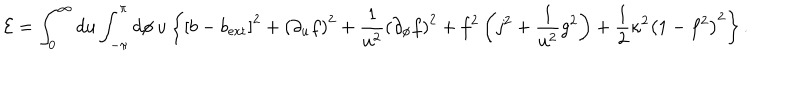
{ \cal E } = \int _ { 0 } ^ { \infty } d u \int _ { - \pi } ^ { \pi } d \phi \, u \left\{ \left[ b - b _ { \mathrm { e x t } } \right] ^ { 2 } + \left( \partial _ { u } f \right) ^ { 2 } + \frac { 1 } { u ^ { 2 } } \left( \partial _ { \phi } f \right) ^ { 2 } + f ^ { 2 } \left( j ^ { 2 } + \frac { 1 } { u ^ { 2 } } g ^ { 2 } \right) + \frac { 1 } { 2 } \kappa ^ { 2 } \left( 1 - f ^ { 2 } \right) ^ { 2 } \right\} .